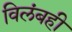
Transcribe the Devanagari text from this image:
विलंबही